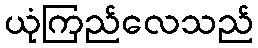
ယုံကြည်လေသည်